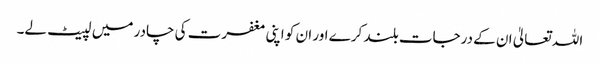
اللہ تعالیٰ ان کے درجات بلند کرے اور ان کو اپنی مغفرت کی چادر میں لپیٹ لے۔